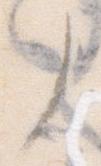
了